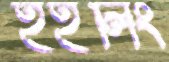
হইলিং